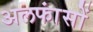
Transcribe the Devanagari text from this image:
अलफांसों